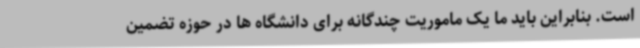
است. بنابراین باید ما یک ماموریت چندگانه برای دانشگاه ها در حوزه تضمین